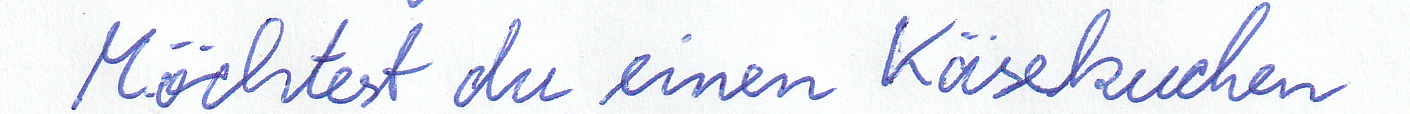
Möchtest du einen Käsekuchen